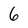
Character: 6